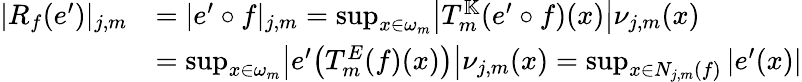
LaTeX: \begin{array}{rl}{|R_{f}(e^{\prime})|_{j,m}}&{=|e^{\prime}\circ f|_{j,m}=\operatorname*{sup}_{x\in\omega_{m}}\bigl|T_{m}^{\mathbb{K}}(e^{\prime}\circ f)(x)\bigr|\nu_{j,m}(x)}\\ &{=\operatorname*{sup}_{x\in\omega_{m}}\bigl|e^{\prime}\bigl(T_{m}^{E}(f)(x)\bigr)\bigr|\nu_{j,m}(x)=\operatorname*{sup}_{x\in N_{j,m}(f)}|e^{\prime}(x)|}\end{array}